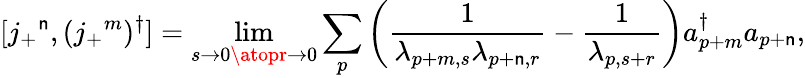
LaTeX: [j_{+}{}^{\mathsf{n}},(j_{+}{}^{m})^{\dagger}]=\operatorname*{lim}_{s\to0\atopr\to0}\sum_{p}\left(\frac{{1}}{{\lambda_{p+m,s}\lambda_{p+\mathsf{n},r}}}-\frac{{1}}{{\lambda_{p,s+r}}}\right)a_{p+m}^{\dagger}a_{p+\mathsf{n}},